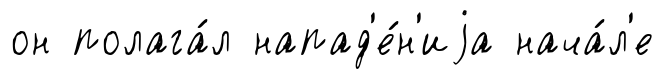
он полага́л напад'е́н'иjа нача́л'е